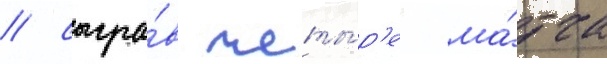
/ сыгра́в четы́р'е ма́тча